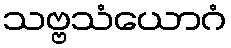
သဗ္ဗသံယောဂံ